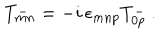
LaTeX: T _ { m n } ^ { - } = - i \, \epsilon _ { m n p } T _ { 0 p } ^ { - } \ .